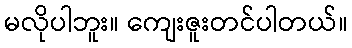
မလိုပါဘူး။ ကျေးဇူးတင်ပါတယ်။